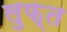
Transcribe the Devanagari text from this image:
लुफ़्त